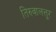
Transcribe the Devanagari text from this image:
तिरुवालत्तूर